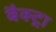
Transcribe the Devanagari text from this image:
बैक्ट्रा